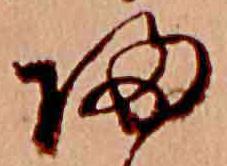
帰